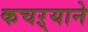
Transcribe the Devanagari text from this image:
कचऱ्याने